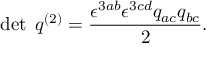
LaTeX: \operatorname* { d e t } \; q ^ { ( 2 ) } = { \frac { \epsilon ^ { 3 a b } \epsilon ^ { 3 c d } q _ { a c } q _ { b c } } { 2 } } .